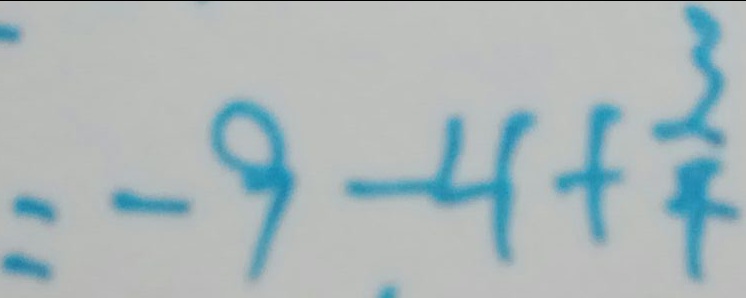
= - 9 - 4 + \frac { 3 } { 4 }